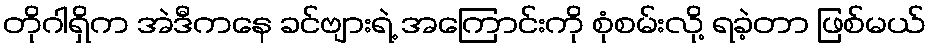
တိုဂါရှိက အဲဒီကနေ ခင်ဗျားရဲ့ အကြောင်းကို စုံစမ်းလို့ ရခဲ့တာ ဖြစ်မယ်